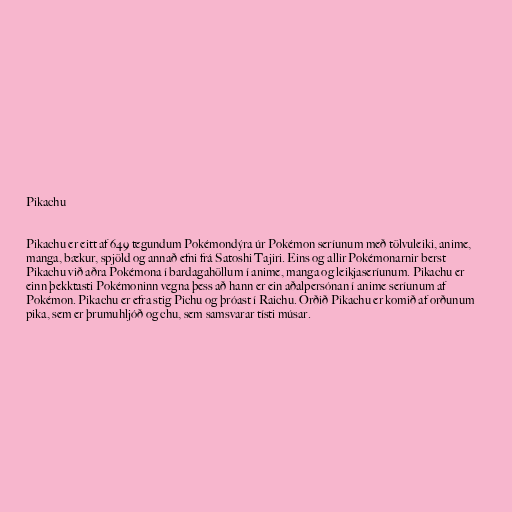
Pikachu

Pikachu er eitt af 649 tegundum Pokémondýra úr Pokémon seríunum með tölvuleiki, anime,
manga, bækur, spjöld og annað efni frá Satoshi Tajiri. Eins og allir Pokémonarnir berst
Pikachu við aðra Pokémona í bardagahöllum í anime, manga og leikjaseríunum. Pikachu er
einn þekktasti Pokémoninn vegna þess að hann er ein aðalpersónan í anime seríunum af
Pokémon. Pikachu er efra stig Pichu og þróast í Raichu. Orðið Pikachu er komið af orðunum
pika, sem er þrumuhljóð og chu, sem samsvarar tísti músar.